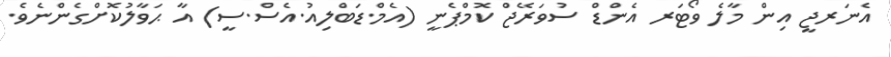
އެނަރޖީ އިން މާލެ ވޯޓަރ އެންޑް ސުވަރޭޖް ކޮމްޕެނީ (އެމް.ޑަބްލިއު.އެސް.ސީ) އާ ޙަވާލުކޮށްގެންނެވެ.